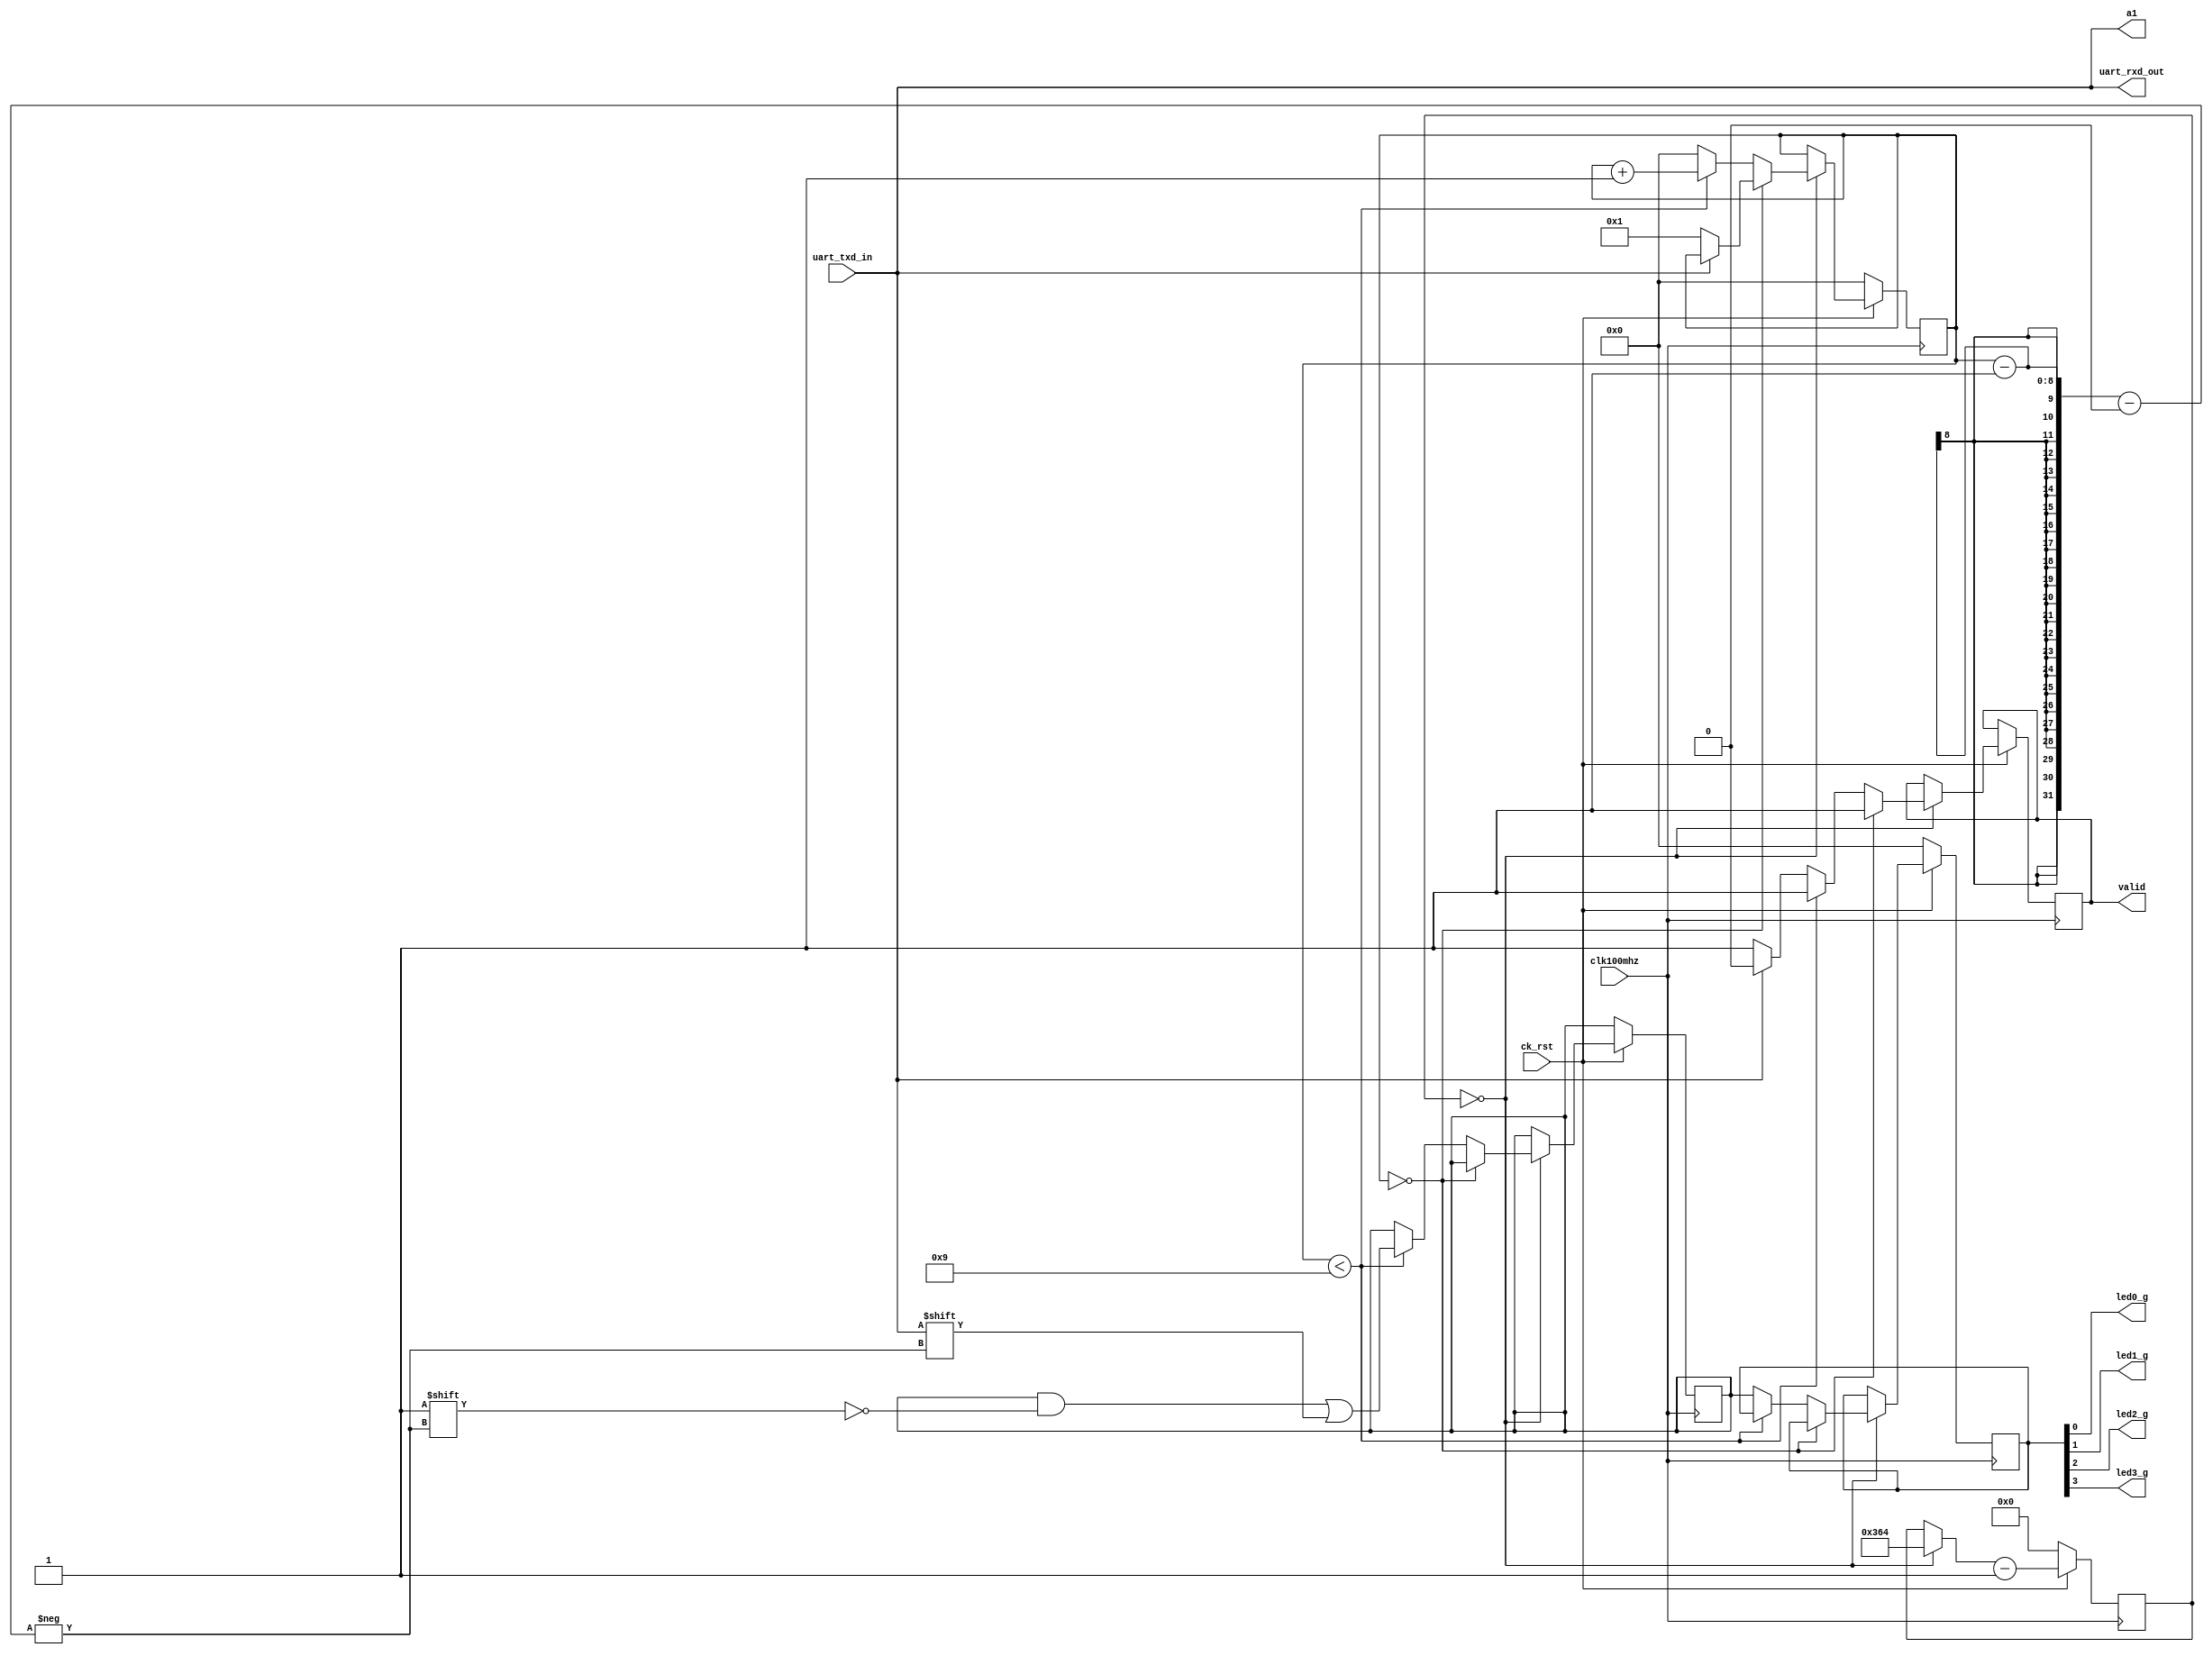
`timescale 1ns / 1ps
//////////////////////////////////////////////////////////////////////////////////
// Company: 
// Engineer: 
// 
// Design Name: 
// Module Name: uart
// Project Name: 
// Target Devices: 
// Tool Versions: 
// Description: 
// 
// Dependencies: 
// 
// Revision:
// Revision 0.01 - File Created
// Additional Comments:
// 
//////////////////////////////////////////////////////////////////////////////////


module uart(
    input clk100mhz,
    input ck_rst,
    input uart_txd_in,
    output uart_rxd_out,
    output valid,
    output a1,
    output led0_g,
    output led1_g,
    output led2_g,
    output led3_g
    );
    reg [25:0] accum = 0;
    reg [7:0] i = 0;
    reg [7:0] outb = 0;
    reg [7:0] dat = 0;
    reg validb = 0;
    wire pps = (accum == 0);
    assign valid = validb;
    assign led0_g = outb[0];
    assign led1_g = outb[1];
    assign led2_g = outb[2];
    assign led3_g = outb[3];
    assign uart_rxd_out = uart_txd_in;
    assign a1 = uart_txd_in;
    
    always @(posedge clk100mhz) begin
        //100mhz/(baud 115200 * 10-bit) = 868.05
        accum <= (pps ? 868 : accum) - 1;
        if (ck_rst == 0) begin
            accum <= 0;
            outb <= 0;
            i <= 0;
        end
        else if (pps) begin
            validb <= 1;
            if (i == 0) begin
                if (uart_txd_in == 0) begin
                    i <= 1;
                end
            end
            else if (i < 9) begin
                dat[i - 1] = uart_txd_in;
                i <= (i + 1);
            end
            else begin
                outb <= dat;
                i <= 0;
                if (uart_txd_in == 1) begin
                    validb <= 0;
                end
            end
        end
    end
endmodule